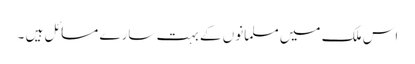
اس ملک میں مسلمانوں کے بہت سارے مسائل ہیں ۔